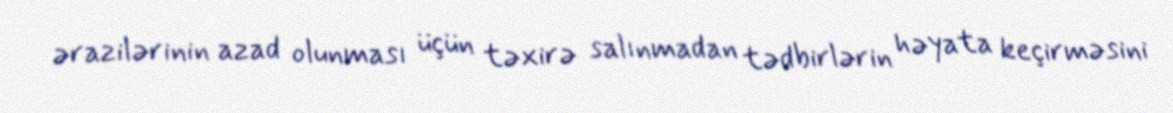
ərazilərinin azad olunması üçün təxirə salınmadan tədbirlərin həyata keçirməsini